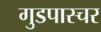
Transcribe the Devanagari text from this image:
गुडपास्चर